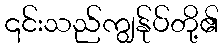
၎င်းသည်ကျွန်ုပ်တို့၏